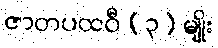
ဇာတပထဝီ (၃) မျိုး